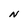
Character: N